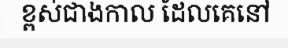
ខ្ពស់ជាងកាល ដែលគេនៅ